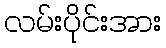
လမ်းပိုင်းအား